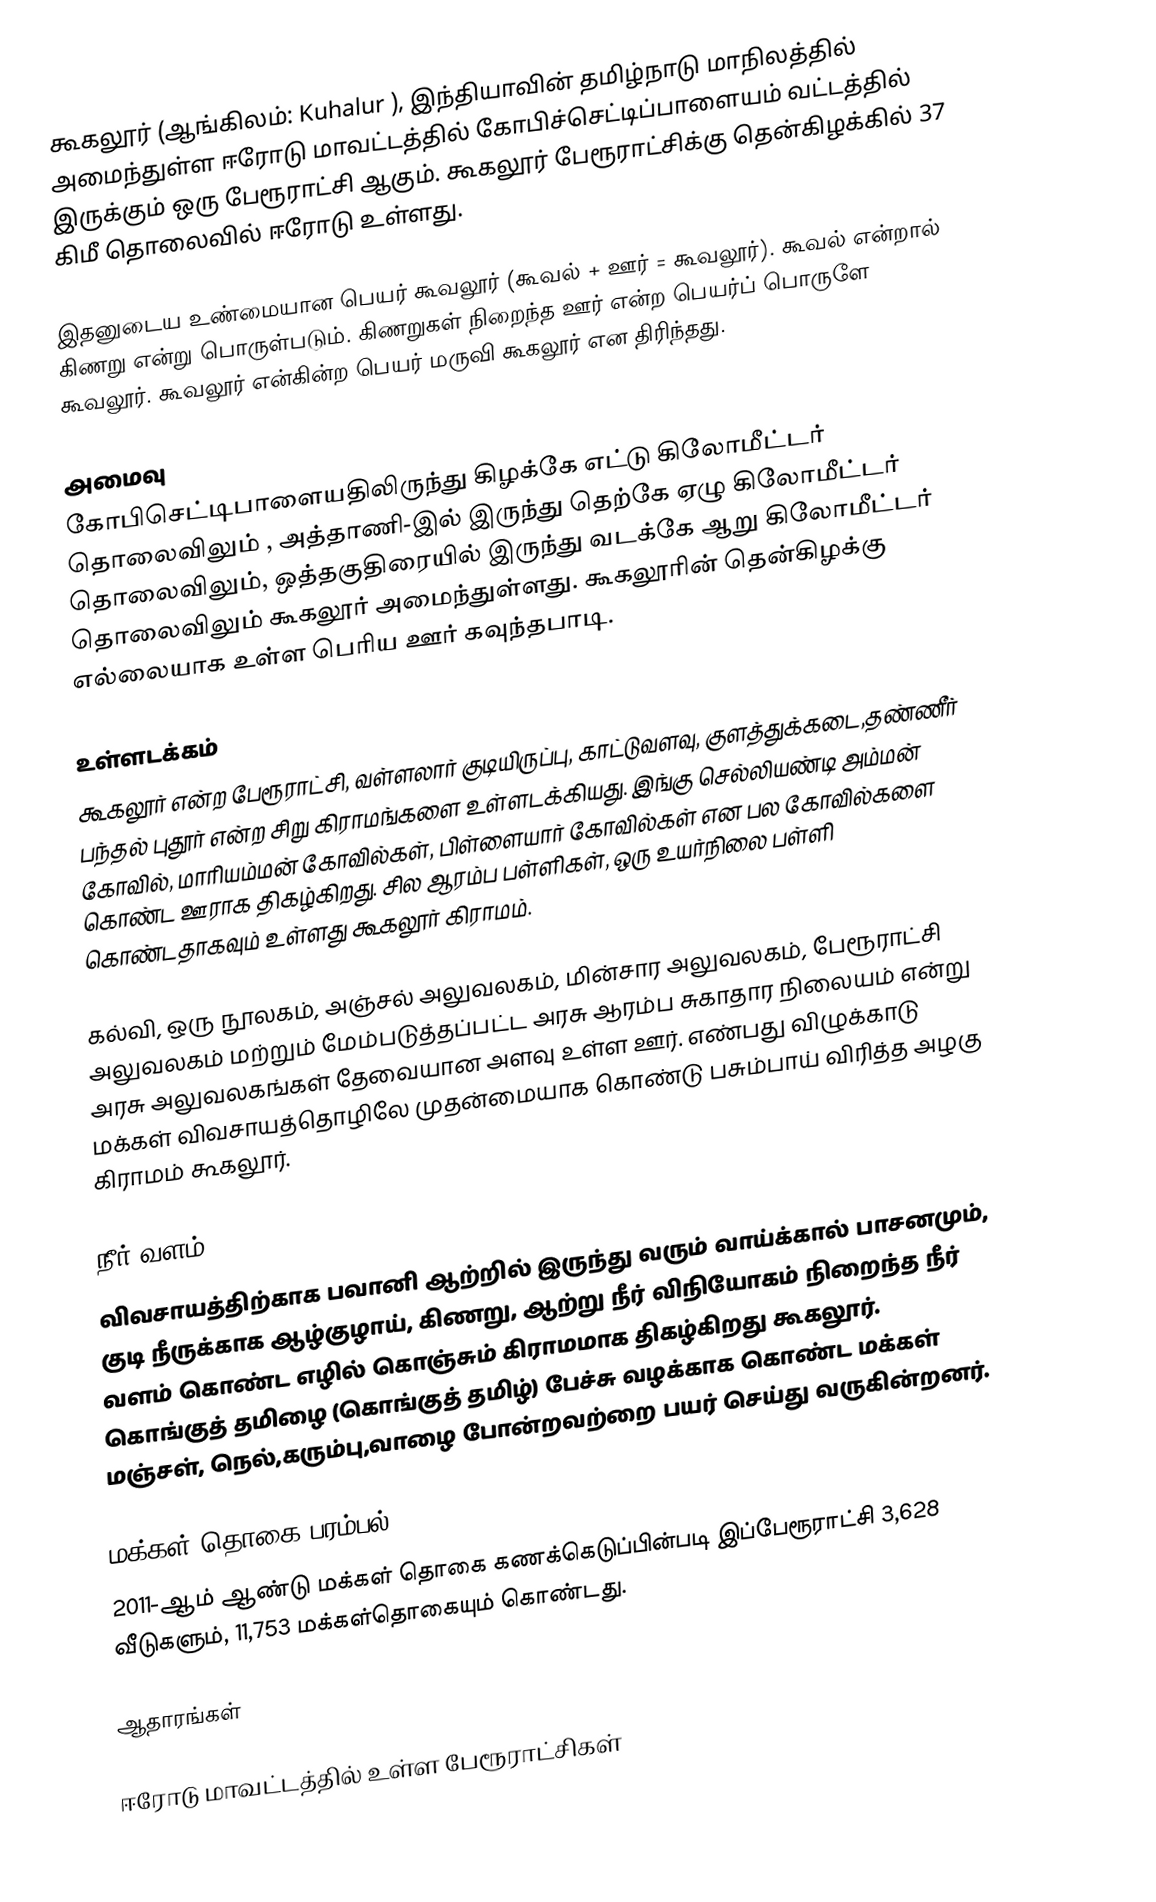
கூகலூர்  (ஆங்கிலம்: Kuhalur ), இந்தியாவின் தமிழ்நாடு மாநிலத்தில் அமைந்துள்ள ஈரோடு மாவட்டத்தில்   கோபிச்செட்டிப்பாளையம் வட்டத்தில் இருக்கும் ஒரு பேரூராட்சி ஆகும். கூகலூர் பேரூராட்சிக்கு தென்கிழக்கில் 37  கிமீ  தொலைவில் ஈரோடு உள்ளது.

இதனுடைய உண்மையான பெயர் கூவலூர் (கூவல் + ஊர் = கூவலூர்). கூவல் என்றால் கிணறு என்று பொருள்படும். கிணறுகள் நிறைந்த ஊர் என்ற பெயர்ப் பொருளே கூவலூர். கூவலூர் என்கின்ற பெயர் மருவி கூகலூர் என திரிந்தது.

அமைவு
கோபிசெட்டிபாளையதிலிருந்து கிழக்கே எட்டு கிலோமீட்டர் தொலைவிலும் , அத்தாணி-இல் இருந்து தெற்கே ஏழு கிலோமீட்டர் தொலைவிலும், ஒத்தகுதிரையில் இருந்து வடக்கே ஆறு கிலோமீட்டர் தொலைவிலும் கூகலூர் அமைந்துள்ளது. கூகலூரின் தென்கிழக்கு எல்லையாக உள்ள பெரிய ஊர் கவுந்தபாடி.

உள்ளடக்கம்
கூகலூர் என்ற பேரூராட்சி, வள்ளலார் குடியிருப்பு, காட்டுவளவு, குளத்துக்கடை,தண்ணீர் பந்தல் புதூர் என்ற சிறு கிராமங்களை உள்ளடக்கியது.  இங்கு செல்லியண்டி அம்மன் கோவில், மாரியம்மன் கோவில்கள், பிள்ளையார் கோவில்கள் என பல கோவில்களை கொண்ட ஊராக திகழ்கிறது. சில ஆரம்ப பள்ளிகள், ஒரு உயர்நிலை பள்ளி கொண்டதாகவும் உள்ளது கூகலூர் கிராமம்.

கல்வி, ஒரு நூலகம், அஞ்சல் அலுவலகம், மின்சார அலுவலகம், பேரூராட்சி அலுவலகம் மற்றும் மேம்படுத்தப்பட்ட அரசு ஆரம்ப சுகாதார நிலையம்  என்று அரசு அலுவலகங்கள் தேவையான அளவு உள்ள ஊர். எண்பது விழுக்காடு மக்கள் விவசாயத்தொழிலே முதன்மையாக கொண்டு பசும்பாய் விரித்த அழகு கிராமம் கூகலூர்.

நீர் வளம்
விவசாயத்திற்காக பவானி ஆற்றில் இருந்து வரும் வாய்க்கால் பாசனமும்,  குடி நீருக்காக ஆழ்குழாய், கிணறு, ஆற்று நீர் விநியோகம் நிறைந்த நீர் வளம் கொண்ட எழில் கொஞ்சும் கிராமமாக திகழ்கிறது கூகலூர். கொங்குத் தமிழை (கொங்குத் தமிழ்) பேச்சு வழக்காக கொண்ட மக்கள் மஞ்சள், நெல்,கரும்பு,வாழை போன்றவற்றை பயர் செய்து வருகின்றனர்.

மக்கள் தொகை பரம்பல்
2011-ஆம் ஆண்டு மக்கள் தொகை கணக்கெடுப்பின்படி  இப்பேரூராட்சி  3,628  வீடுகளும்,  11,753 மக்கள்தொகையும் கொண்டது.

ஆதாரங்கள்

ஈரோடு மாவட்டத்தில் உள்ள பேரூராட்சிகள்